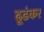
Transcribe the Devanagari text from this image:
ढूढंकर